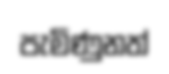
පැමිණුනත්